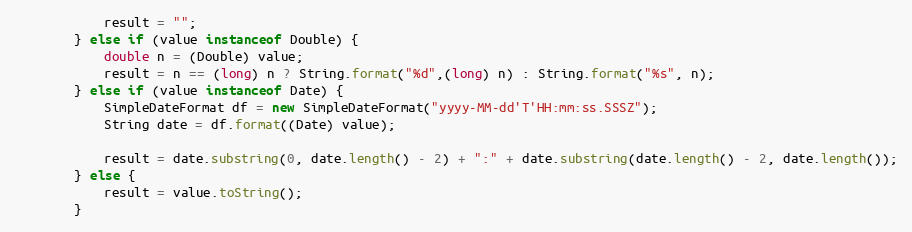
Language: Java
			result = "";
		} else if (value instanceof Double) {
			double n = (Double) value;
			result = n == (long) n ? String.format("%d",(long) n) : String.format("%s", n);
		} else if (value instanceof Date) {
			SimpleDateFormat df = new SimpleDateFormat("yyyy-MM-dd'T'HH:mm:ss.SSSZ");
			String date = df.format((Date) value);

			result = date.substring(0, date.length() - 2) + ":" + date.substring(date.length() - 2, date.length());
		} else {
			result = value.toString();
		}